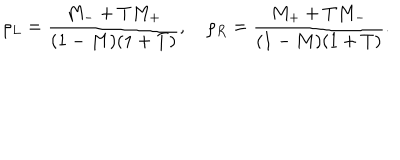
\rho _ { L } = \frac { M _ { - } + T M _ { + } } { ( 1 - M ) ( 1 + T ) } , \quad \rho _ { R } = \frac { M _ { + } + T M _ { - } } { ( 1 - M ) ( 1 + T ) } .